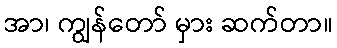
အာ၊ ကျွန်တော် မှား ဆက်တာ။